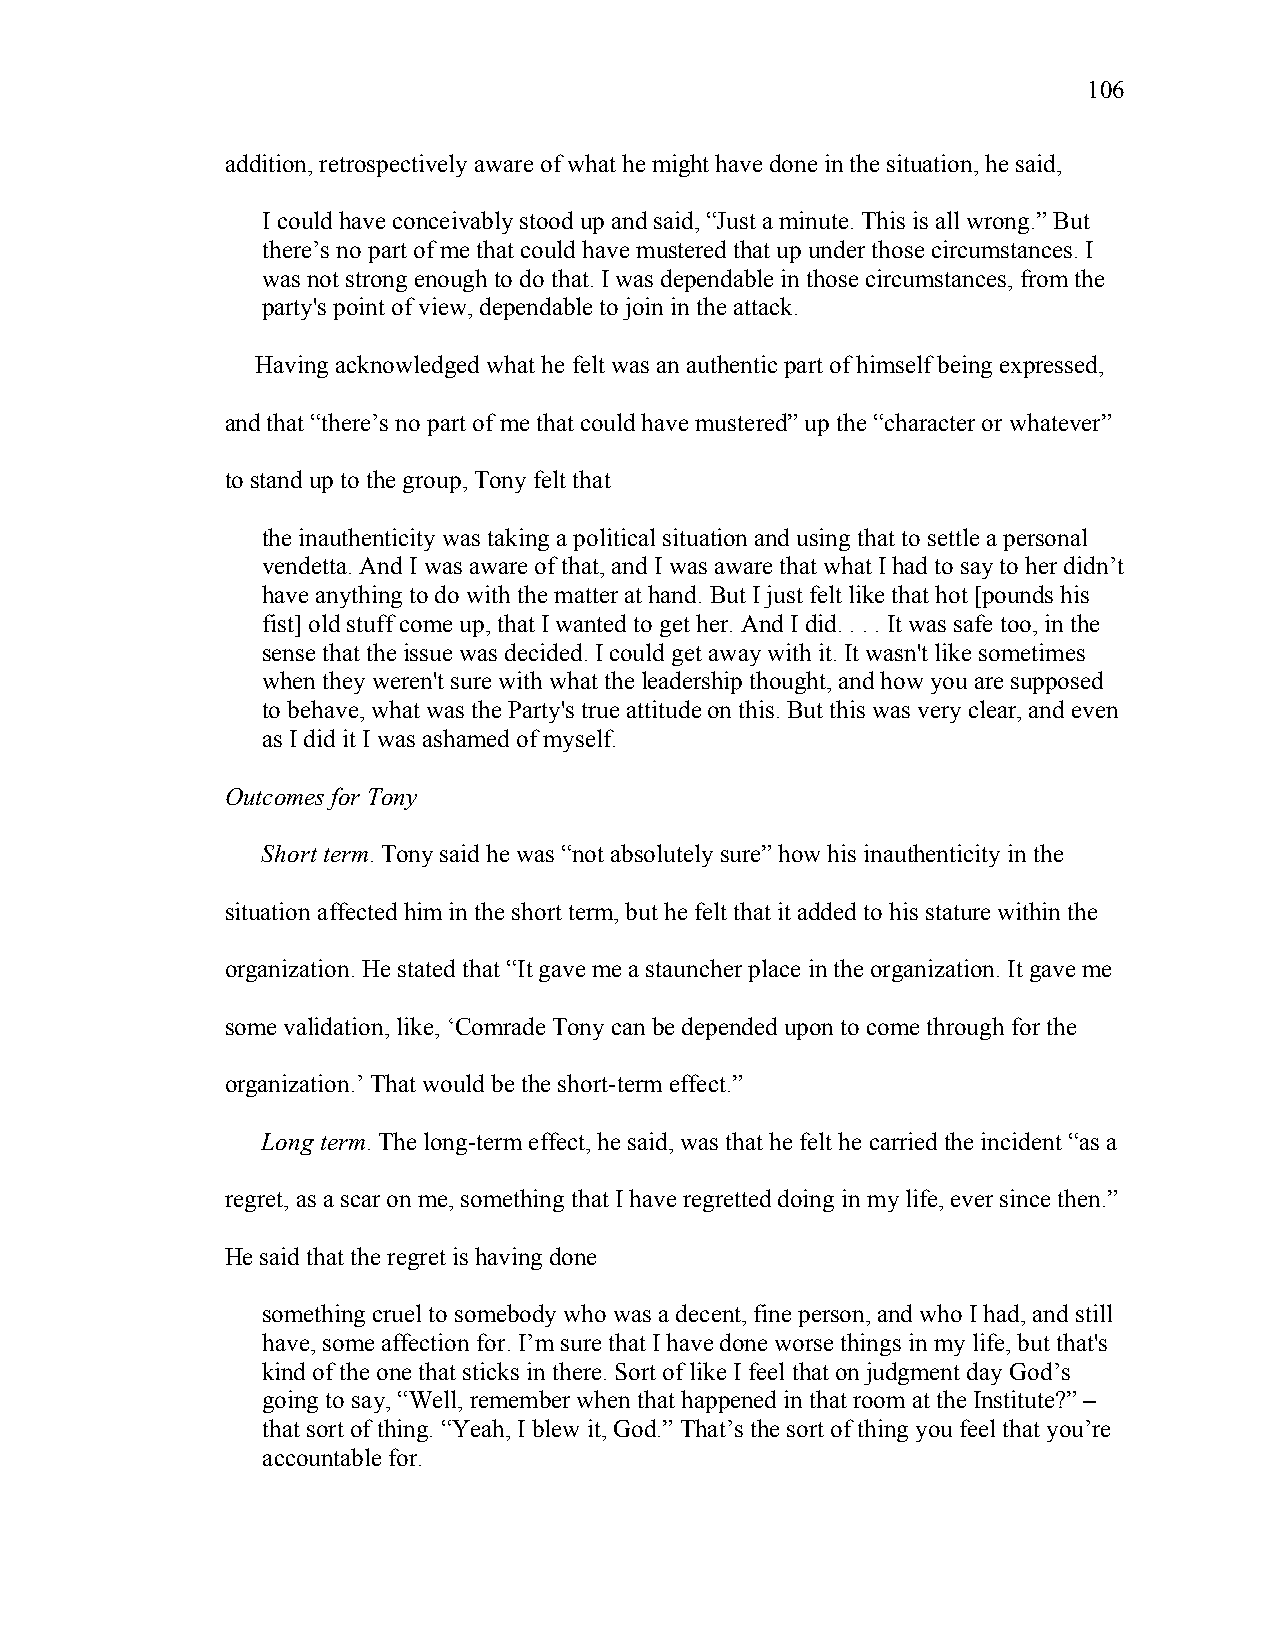
106
 addition, retrospectively aware of what he might have done in the situation, he said,
 I could have conceivably stood up and said, “Just a minute. This is all wrong.” But
 there’s no part of me that could have mustered that up under those circumstances. I
 was not strong enough to do that. I was dependable in those circumstances, from the
 party's point of view, dependable to join in the attack.
 Having acknowledged what he felt was an authentic part of himself being expressed,
 and that “there’s no part of me that could have mustered” up the “character or whatever”
 to stand up to the group, Tony felt that
 the inauthenticity was taking a political situation and using that to settle a personal
 vendetta. And I was aware of that, and I was aware that what I had to say to her didn’t
 have anything to do with the matter at hand. But I just felt like that hot [pounds his
 fist] old stuff come up, that I wanted to get her. And I did. . . . It was safe too, in the
 sense that the issue was decided. I could get away with it. It wasn't like sometimes
 when they weren't sure with what the leadership thought, and how you are supposed
 to behave, what was the Party's true attitude on this. But this was very clear, and even
 as I did it I was ashamed of myself.
 Outcomes for Tony
 Short term. Tony said he was “not absolutely sure” how his inauthenticity in the
 situation affected him in the short term, but he felt that it added to his stature within the
 organization. He stated that “It gave me a stauncher place in the organization. It gave me
 some validation, like, ‘Comrade Tony can be depended upon to come through for the
 organization.’ That would be the short-term effect.”
 Long term. The long-term effect, he said, was that he felt he carried the incident “as a
 regret, as a scar on me, something that I have regretted doing in my life, ever since then.”
 He said that the regret is having done
 something cruel to somebody who was a decent, fine person, and who I had, and still
 have, some affection for. I’m sure that I have done worse things in my life, but that's
 kind of the one that sticks in there. Sort of like I feel that on judgment day God’s
 going to say, “Well, remember when that happened in that room at the Institute?” –
 that sort of thing. “Yeah, I blew it, God.” That’s the sort of thing you feel that you’re
 accountable for.